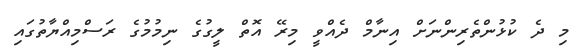
މި ދެ ކުޅުންތެރިންނަށް އިނާމް ދެއްވީ މިރޭ އޮތް ލީގުގެ ނިމުމުގެ ރަސްމިއްޔާތުގައި